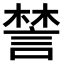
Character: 𧩋